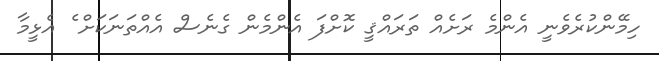
ހިމޭންކުރެވެނީ އެންމެ ރަށެއް ތަރައްޤީ ކޮށްފަ އެންމެން ގެނެސް އެއްތަނަކަށް ެ އެޅީމާ